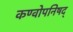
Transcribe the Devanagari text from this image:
कण्वोपनिषद्‌